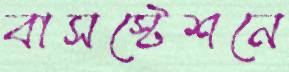
বাসস্টেশনে